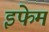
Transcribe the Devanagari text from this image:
इफेम